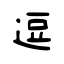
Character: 逗